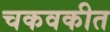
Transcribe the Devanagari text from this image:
चकवकीत